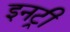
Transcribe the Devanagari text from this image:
इनट्री